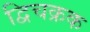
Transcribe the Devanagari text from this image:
द्विचक्रक